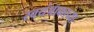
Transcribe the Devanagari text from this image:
स्वयंपाकाच्या